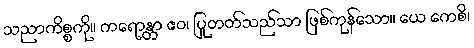
သညာကိစ္စကို။ ကရောန္တာ ဧဝ၊ ပြုတတ်သည်သာ ဖြစ်ကုန်သော။ ယေ ကေစိ၊